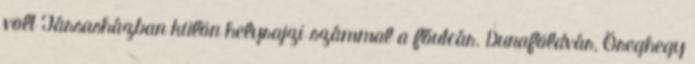
volt Társasházban külön helyrajzi számmal a főutcár. Dunaföldvár, Öreghegy